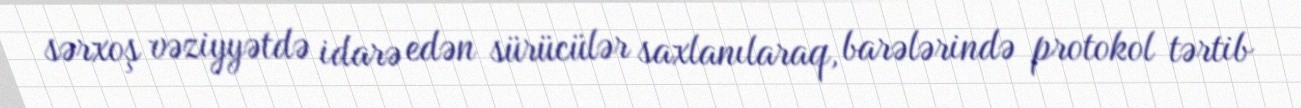
sərxoş vəziyyətdə idarə edən sürücülər saxlanılaraq, barələrində protokol tərtib